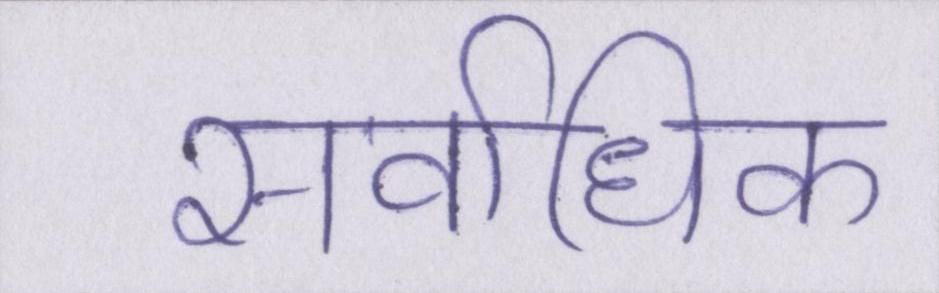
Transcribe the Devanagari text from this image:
सर्वाधिक